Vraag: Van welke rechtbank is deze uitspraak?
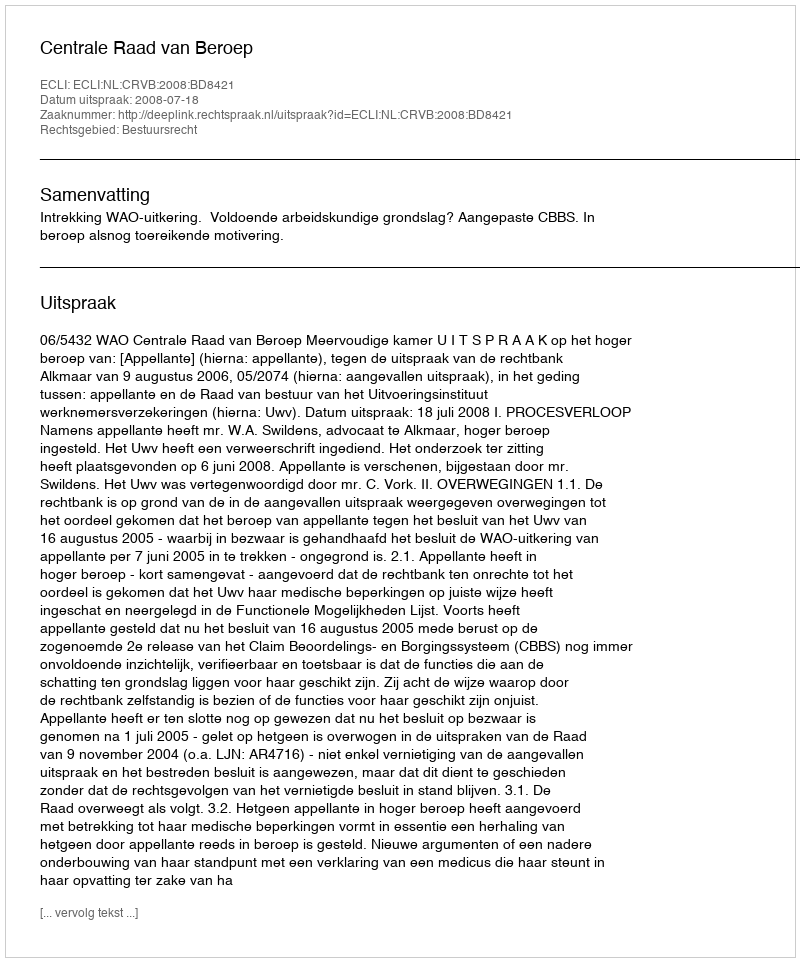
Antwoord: Centrale Raad van Beroep